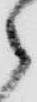
郎